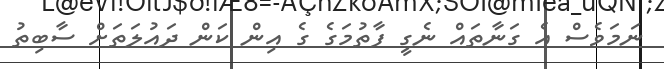
ނަމަވެސް އެ ގަނާތައް ނެގީ ފާތުމަގެ ގެ އިން ކަން ދައުލަތަށް ސާބިތު